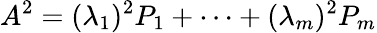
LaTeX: A^{2}=(\lambda_{1})^{2}P_{1}+\cdots+(\lambda_{m})^{2}P_{m}